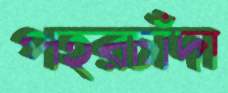
পহরচাঁদা